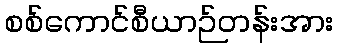
စစ်ကောင်စီယာဉ်တန်းအား